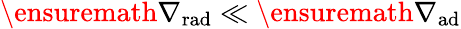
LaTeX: \ensuremath{\nabla_{\mathrm{{rad}}}}\ll\ensuremath{\nabla_{\mathrm{{ad}}}}